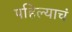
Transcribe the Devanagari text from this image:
पहिल्याचं